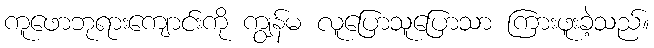
ကူဖောဘုရားကျောင်းကို ကျွန်မ လူပြောသူပြောသာ ကြားဖူးခဲ့သည်။